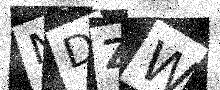
Text: NDZW